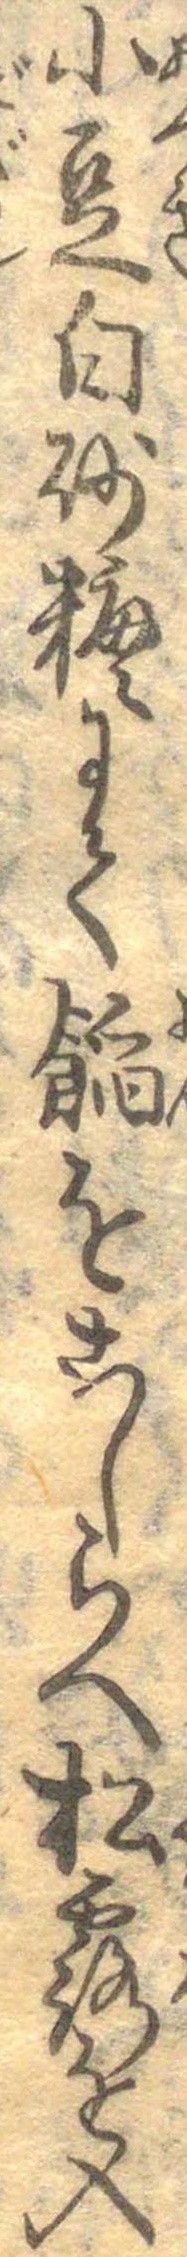
小豆白砂糖にて饀をこしらへ松露を入